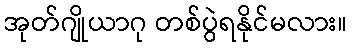
အုတ်ဂျိုယာဂု တစ်ပွဲရနိုင်မလား။